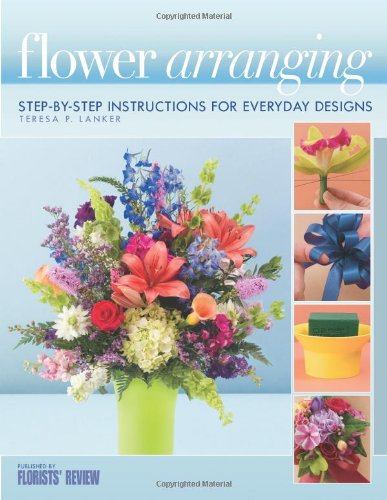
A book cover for Flower Arranging: Step-By-Step Instructions for Everyday Designs; Teresa P. Lanker; Crafts, Hobbies & Home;